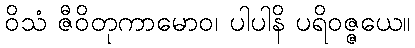
ဝိသံ ဇီဝိတုကာမောဝ၊ ပါပါနိ ပရိဝဇ္ဇယေ။